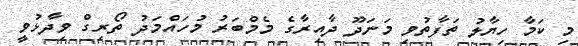
މި ކަމާ ހިޔާލު ތަފާތުވި މަނަދޫ ދާއިރާގެ މެމްބަރު މުހައްމަދު ތޯރިގް ވިދާޅުވީ